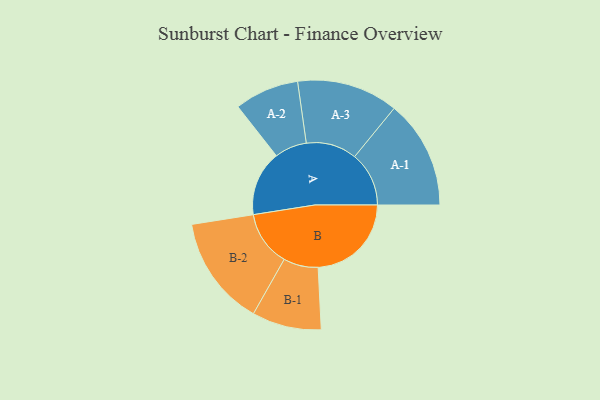
{"axis": {"x": "Segment", "y": "Value"}, "legend": ["", "A", "B"], "data": [{"x": "A", "y": 289, "type": ""}, {"x": "B", "y": 414, "type": ""}, {"x": "A-1", "y": 241, "type": "A"}, {"x": "A-2", "y": 143, "type": "A"}, {"x": "A-3", "y": 225, "type": "A"}, {"x": "B-1", "y": 154, "type": "B"}, {"x": "B-2", "y": 245, "type": "B"}]}